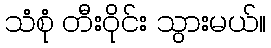
သံစုံ တီးဝိုင်း သွားမယ်။